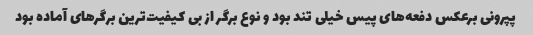
پپرونی برعکس دفعه‌های پیس خیلی تند بود و نوع برگر از بی کیفیت‌ترین برگرهای آماده بود